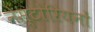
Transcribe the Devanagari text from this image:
नेस्टोरियनों